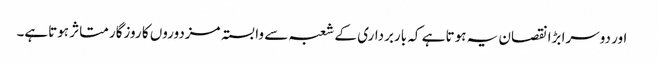
 اور دوسرا بڑا نقصان یہ ہوتا ہے کہ باربرداری کے شعبہ سے وابستہ مزدوروں کا روزگار متاثر ہوتاہے۔